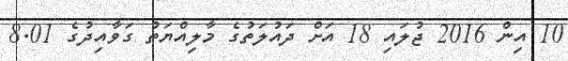
10 އިން 2016 ޖުލައި 18 އަށް ދައުލަތުގެ މާލިއްޔަތު ގަވާއިދުގެ 8.01